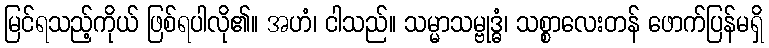
မြင်ရသည့်ကိုယ် ဖြစ်ရပါလို၏။ အဟံ၊ ငါသည်။ သမ္မာသမ္ဗုဒ္ဓံ၊ သစ္စာလေးတန် ဖောက်ပြန်မရှိ